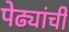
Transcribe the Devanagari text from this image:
पेढ्यांची